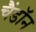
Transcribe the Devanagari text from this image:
चैंडॉन